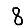
Digit: 8